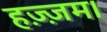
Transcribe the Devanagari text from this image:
हज़्ज़म।